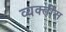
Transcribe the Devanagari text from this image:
व्यक्‍तीस